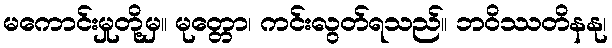
မကောင်းမှုတို့မှ။ မုတ္တော၊ ကင်းလွတ်ရသည်။ ဘဝိဿတိနနု၊